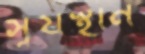
সূর্যস্থান